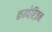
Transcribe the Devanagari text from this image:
कम्पेरिज़न